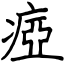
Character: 瘂